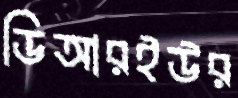
ডিআরইউর